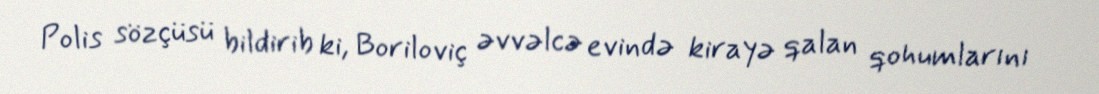
Polis sözçüsü bildirib ki, Boriloviç əvvəlcə evində kirayə qalan qohumlarını